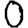
Digit: 0